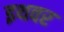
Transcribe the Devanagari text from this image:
इथवर